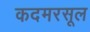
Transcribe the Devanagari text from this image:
कदमरसूल